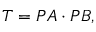
T = P A \cdot P B ,